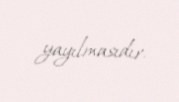
yayılmasıdır.